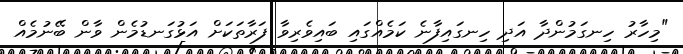
"މިހާރު ހިނގަމުންދާ އަދި ހިނގައިފާނެ ކަމެއްގައި ބައިވެރިވާ ފަރާތަކަށް އަޅުގަނޑުމެން ވާން ބޭނުމެއް